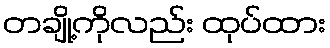
တချို့ကိုလည်း ထုပ်ထား